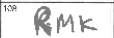
Transcription: RMK